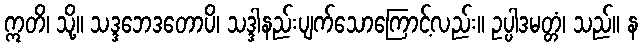
ဣတိ၊ သို့။ သဒ္ဒဘေဒတောပိ၊ သဒ္ဒါနည်းပျက်သောကြောင့်လည်း။ ဥပ္ပါဒမတ္တံ၊ သည်။ န